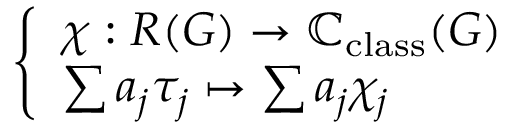
\left\{ \begin{array} { l l } { \chi : R ( G ) \to \mathbb { C } _ { \mathrm { c l a s s } } ( G ) } \\ { \sum a _ { j } \tau _ { j } \mapsto \sum a _ { j } \chi _ { j } } \end{array} \right.